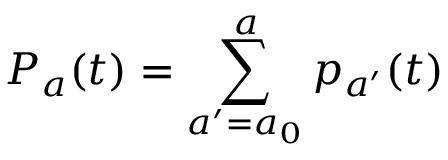
P _ { a } ( t ) = \sum _ { a ^ { \prime } = a _ { 0 } } ^ { a } p _ { a ^ { \prime } } ( t )